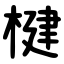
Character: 楗